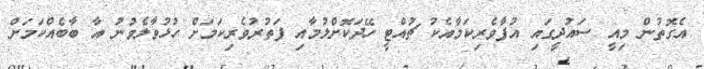
އެގޮތުން މިއީ ސައުދީގައި އުފާވެރިކަމާއެކު ޗުއްޓީ ހޭދަކޮށްލުމާއި ފަތުރުވެރިކަމަށް ހުޅުވާލެވުނު އާ ބާބެއްކަމަށް